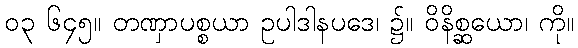
၀၃ ၆၄၅။ တဏှာပစ္စယာ ဥပါဒါနပဒေ၊ ၌။ ဝိနိစ္ဆယော၊ ကို။